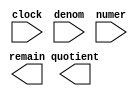
// megafunction wizard: %LPM_DIVIDE%VBB%
// GENERATION: STANDARD
// VERSION: WM1.0
// MODULE: LPM_DIVIDE 

// ============================================================
// Megafunction Name(s):
// 			LPM_DIVIDE
//
// Simulation Library Files(s):
// 			lpm
// ============================================================
// ************************************************************
// THIS IS A WIZARD-GENERATED FILE. DO NOT EDIT THIS FILE!
//
// 16.1.0 Build 196 10/24/2016 SJ Standard Edition
// ************************************************************

//Copyright (C) 2016  Intel Corporation. All rights reserved.
//Your use of Intel Corporation's design tools, logic functions 
//and other software and tools, and its AMPP partner logic 
//functions, and any output files from any of the foregoing 
//(including device programming or simulation files), and any 
//associated documentation or information are expressly subject 
//to the terms and conditions of the Intel Program License 
//Subscription Agreement, the Intel Quartus Prime License Agreement,
//the Intel MegaCore Function License Agreement, or other 
//applicable license agreement, including, without limitation, 
//that your use is for the sole purpose of programming logic 
//devices manufactured by Intel and sold by Intel or its 
//authorized distributors.  Please refer to the applicable 
//agreement for further details.

module alt_lpm_div_ip (
	clock,
	denom,
	numer,
	quotient,
	remain);

	input	  clock;
	input	[31:0]  denom;
	input	[33:0]  numer;
	output	[33:0]  quotient;
	output	[31:0]  remain;

endmodule

// ============================================================
// CNX file retrieval info
// ============================================================
// Retrieval info: PRIVATE: INTENDED_DEVICE_FAMILY STRING "Cyclone IV E"
// Retrieval info: PRIVATE: PRIVATE_LPM_REMAINDERPOSITIVE STRING "FALSE"
// Retrieval info: PRIVATE: PRIVATE_MAXIMIZE_SPEED NUMERIC "6"
// Retrieval info: PRIVATE: SYNTH_WRAPPER_GEN_POSTFIX STRING "0"
// Retrieval info: PRIVATE: USING_PIPELINE NUMERIC "1"
// Retrieval info: PRIVATE: VERSION_NUMBER NUMERIC "2"
// Retrieval info: PRIVATE: new_diagram STRING "1"
// Retrieval info: LIBRARY: lpm lpm.lpm_components.all
// Retrieval info: CONSTANT: LPM_DREPRESENTATION STRING "UNSIGNED"
// Retrieval info: CONSTANT: LPM_HINT STRING "MAXIMIZE_SPEED=6,LPM_REMAINDERPOSITIVE=FALSE"
// Retrieval info: CONSTANT: LPM_NREPRESENTATION STRING "UNSIGNED"
// Retrieval info: CONSTANT: LPM_PIPELINE NUMERIC "16"
// Retrieval info: CONSTANT: LPM_TYPE STRING "LPM_DIVIDE"
// Retrieval info: CONSTANT: LPM_WIDTHD NUMERIC "32"
// Retrieval info: CONSTANT: LPM_WIDTHN NUMERIC "34"
// Retrieval info: USED_PORT: clock 0 0 0 0 INPUT NODEFVAL "clock"
// Retrieval info: USED_PORT: denom 0 0 32 0 INPUT NODEFVAL "denom[31..0]"
// Retrieval info: USED_PORT: numer 0 0 34 0 INPUT NODEFVAL "numer[33..0]"
// Retrieval info: USED_PORT: quotient 0 0 34 0 OUTPUT NODEFVAL "quotient[33..0]"
// Retrieval info: USED_PORT: remain 0 0 32 0 OUTPUT NODEFVAL "remain[31..0]"
// Retrieval info: CONNECT: @clock 0 0 0 0 clock 0 0 0 0
// Retrieval info: CONNECT: @denom 0 0 32 0 denom 0 0 32 0
// Retrieval info: CONNECT: @numer 0 0 34 0 numer 0 0 34 0
// Retrieval info: CONNECT: quotient 0 0 34 0 @quotient 0 0 34 0
// Retrieval info: CONNECT: remain 0 0 32 0 @remain 0 0 32 0
// Retrieval info: GEN_FILE: TYPE_NORMAL alt_lpm_div_ip.v TRUE
// Retrieval info: GEN_FILE: TYPE_NORMAL alt_lpm_div_ip.inc FALSE
// Retrieval info: GEN_FILE: TYPE_NORMAL alt_lpm_div_ip.cmp FALSE
// Retrieval info: GEN_FILE: TYPE_NORMAL alt_lpm_div_ip.bsf FALSE
// Retrieval info: GEN_FILE: TYPE_NORMAL alt_lpm_div_ip_inst.v FALSE
// Retrieval info: GEN_FILE: TYPE_NORMAL alt_lpm_div_ip_bb.v TRUE
// Retrieval info: LIB_FILE: lpm